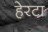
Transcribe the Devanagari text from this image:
हेरटा